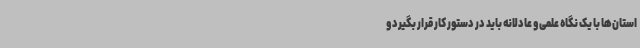
استان‌ها با یک نگاه علمی و عادلانه باید در دستور کار قرار بگیرد و